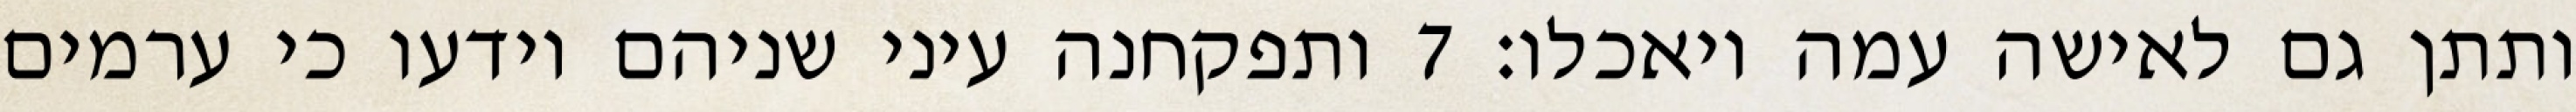
ותתן גם לאישה עמה ויאכלו׃ ‎7‏ ותפקחנה עיני שניהם וידעו כי ערמים